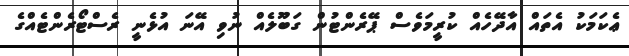
ޢެކަމަކު އެތައް އާދޭހެއް ކުރީމަވެސް ޕޭރެންޓުން ގަބޫލެއް ނުވި އޭނަ އުޅެނީ ރެސްޓޯރެންޓެއްގެ